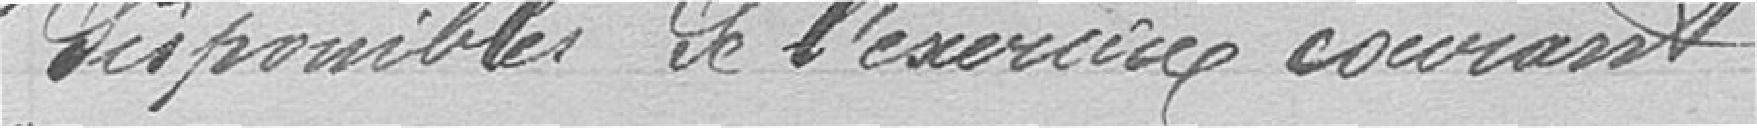
des possibles de l'exercice courant.